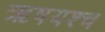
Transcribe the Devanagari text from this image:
ऋषयश्च